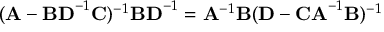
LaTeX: ( \mathbf { A } - \mathbf { B D } ^ { - 1 } \mathbf { C } ) ^ { - 1 } \mathbf { B D } ^ { - 1 } = \mathbf { A } ^ { - 1 } \mathbf { B } ( \mathbf { D } - \mathbf { C A } ^ { - 1 } \mathbf { B } ) ^ { - 1 }